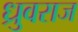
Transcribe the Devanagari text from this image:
ध्रुवराज